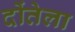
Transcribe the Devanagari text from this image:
दोंतेला